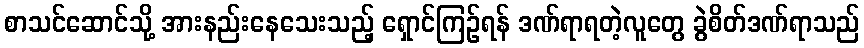
စာသင်ဆောင်သို့ အားနည်းနေသေးသည့် ရှောင်ကြဉ်ရန် ဒဏ်ရာရတဲ့လူတွေ ခွဲစိတ်ဒဏ်ရာသည်